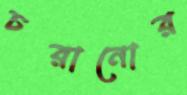
চরানোর